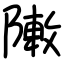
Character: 敶